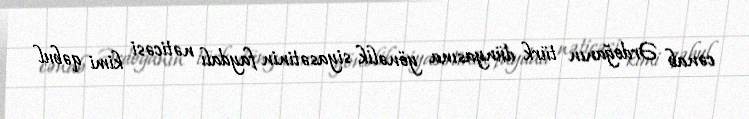
cənab Ərdoğanın türk dünyasına yönəlik siyasətinin faydalı nəticəsi kimi qəbul